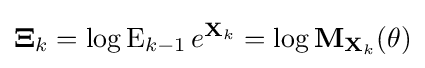
\mathbf {\Xi } _{k}=\log \operatorname {E} _{k-1}e^{\mathbf {X} _{k}}=\log \mathbf {M} _{\mathbf {X} _{k}}(\theta )